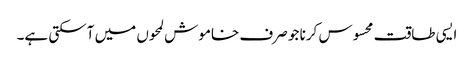
ایسی طاقت محسوس کرنا جو صرف خاموش لمحوں میں آسکتی ہے۔